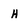
Character: H